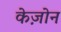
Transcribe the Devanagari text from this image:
केज़ोन